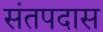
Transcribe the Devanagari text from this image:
संतपदास